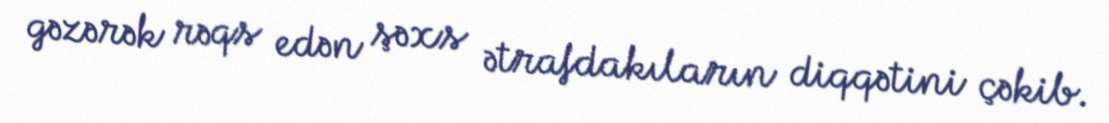
gəzərək rəqs edən şəxs ətrafdakıların diqqətini çəkib.